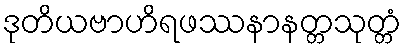
ဒုတိယဗာဟိရဖဿနာနတ္တသုတ္တံ